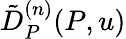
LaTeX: \tilde{D}_{P}^{(n)}(P,u)